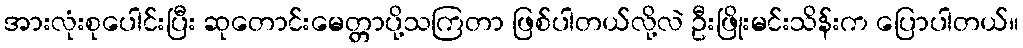
အားလုံးစုပေါင်းပြီး ဆုတောင်းမေတ္တာပို့သကြတာ ဖြစ်ပါတယ်လို့လဲ ဦးဖြိုးမင်းသိန်းက ပြောပါတယ်။